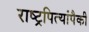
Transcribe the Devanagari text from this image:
राष्ट्रपित्यांपैकी